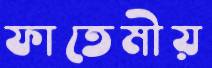
ফাতেমীয়